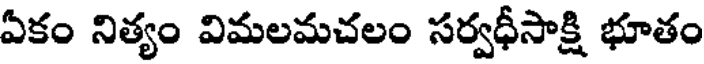
ఏకం నిత్యం విమలమచలం సర్వధీసాక్షి భూతం